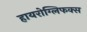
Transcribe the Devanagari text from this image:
हायरोग्लिफक्स